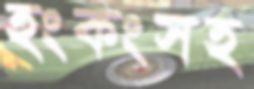
হংকংসহ